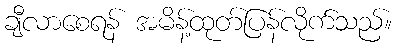
ချီလာစေရန် အမိန့်ထုတ်ပြန်လိုက်သည်။